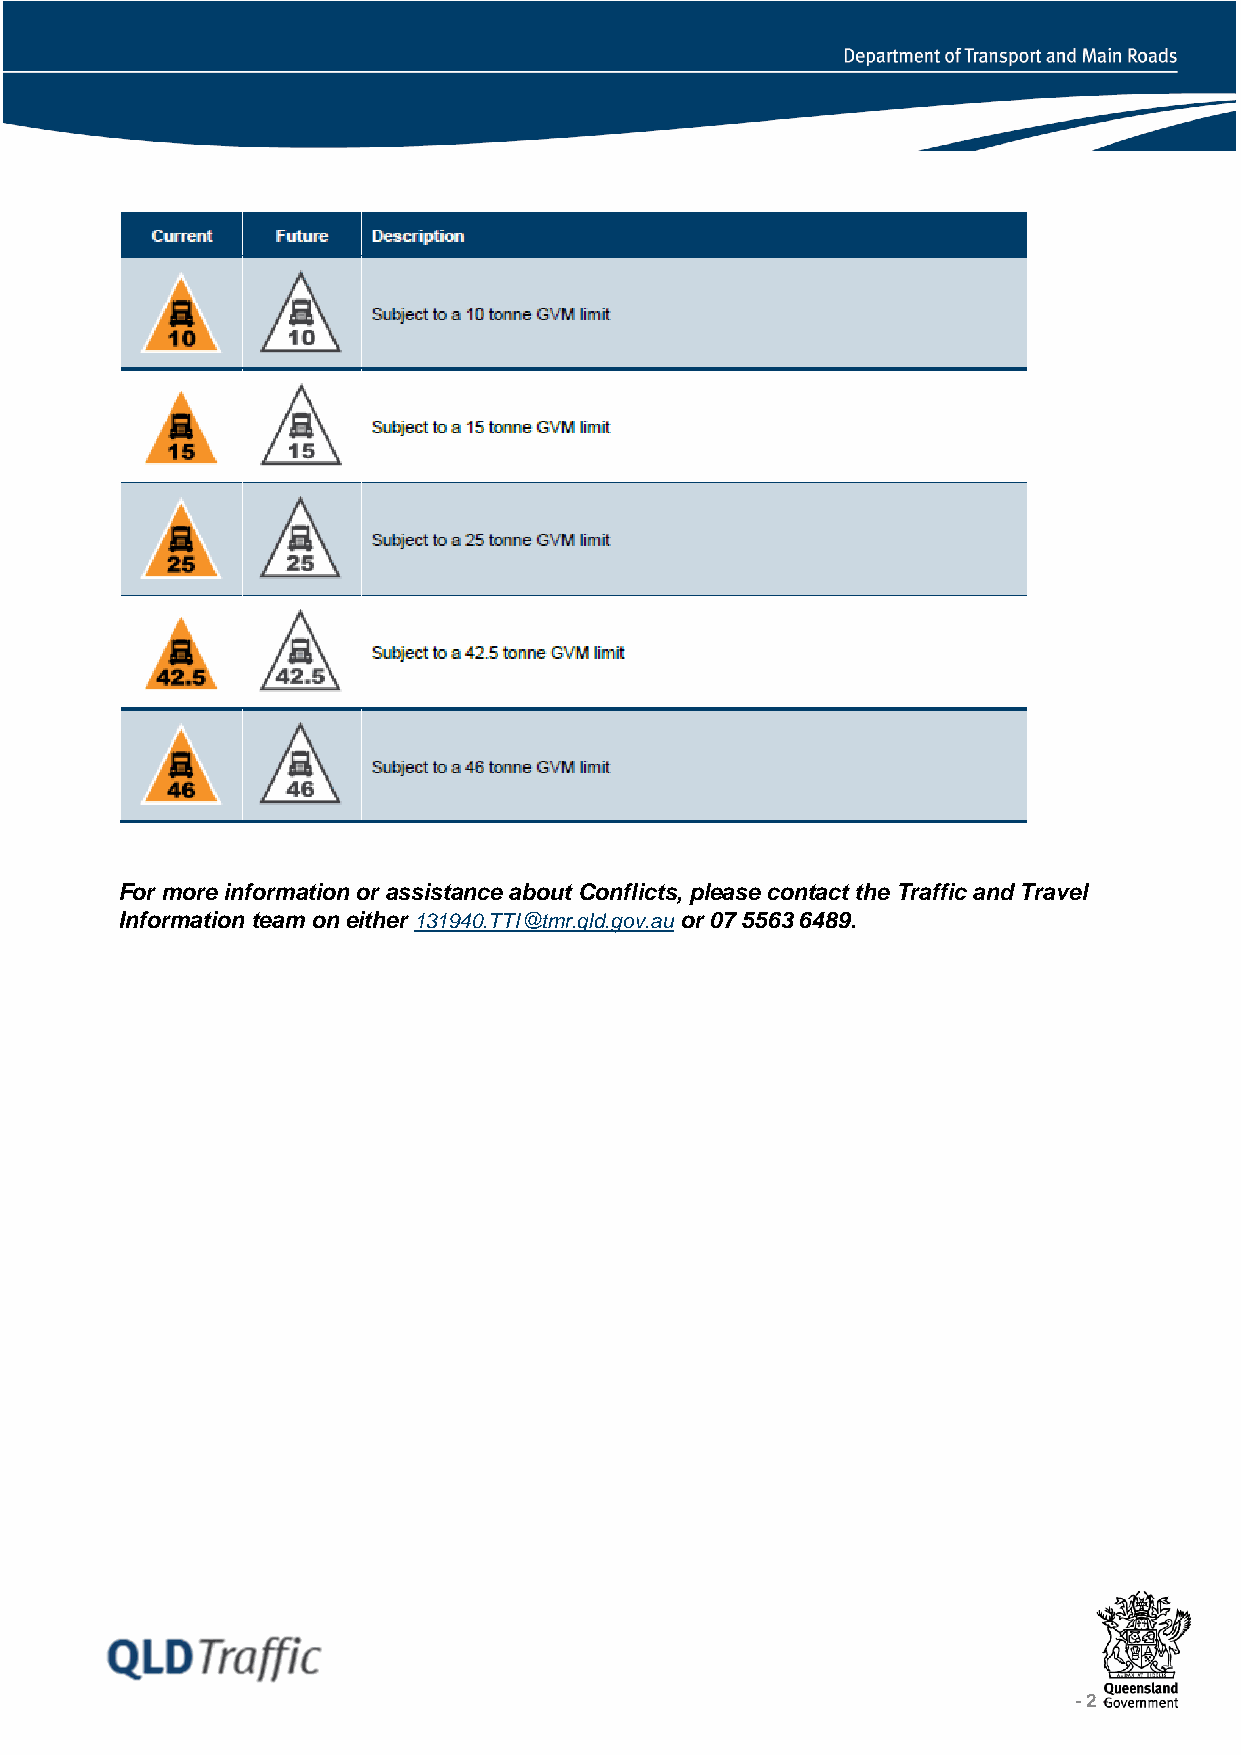
For more information or assistance about Conflicts, please contact the Traffic and Travel
 Information team on either 131940.TTI@tmr.qld.gov.au or 07 5563 6489.
 - 2 -